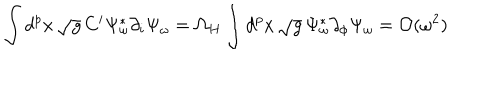
\int d ^ { p } x \, \sqrt { g } \, C ^ { i } \Psi _ { \omega } ^ { * } \partial _ { i } \Psi _ { \omega } = \Omega _ { H } \int d ^ { p } x \, \sqrt { g } \, \Psi _ { \omega } ^ { * } \partial _ { \phi } \Psi _ { \omega } \nonumber = { \cal O } ( \omega ^ { 2 } )